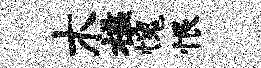
木槛愧恨